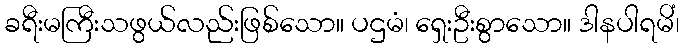
ခရီးမကြီးသဖွယ်လည်းဖြစ်သော။ ပဌမံ၊ ရှေးဦးစွာသော။ ဒါနပါရမိံ၊